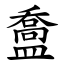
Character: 䀉